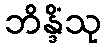
ဘိန္ဒိံသု